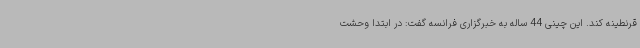
قرنطینه کند. این چینی 44 ساله به خبرگزاری فرانسه گفت: در ابتدا وحشت